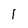
Character: 1